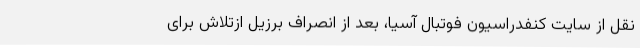
نقل از سایت کنفدراسیون فوتبال آسیا، بعد از انصراف برزیل ازتلاش برای